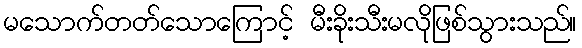
မသောက်တတ်သောကြောင့် မီးခိုးသီးမလိုဖြစ်သွားသည်။